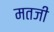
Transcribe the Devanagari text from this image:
मतजी